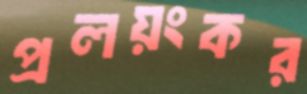
প্রলয়ংকর